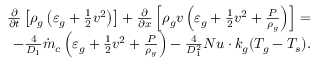
\begin{array} { r } { \frac { \partial } { \partial t } \left[ \rho _ { g } \left( \varepsilon _ { g } + \frac { 1 } { 2 } v ^ { 2 } \right) \right] + \frac { \partial } { \partial x } \left[ \rho _ { g } v \left( \varepsilon _ { g } + \frac { 1 } { 2 } v ^ { 2 } + \frac { P } { \rho _ { g } } \right) \right] = } \\ { - \frac { 4 } { D _ { 1 } } \dot { m } _ { c } \left( \varepsilon _ { g } + \frac { 1 } { 2 } v ^ { 2 } + \frac { P } { \rho _ { g } } \right) - \frac { 4 } { D _ { 1 } ^ { 2 } } N u \cdot k _ { g } ( T _ { g } - T _ { s } ) . } \end{array}